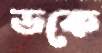
ডকে